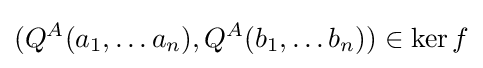
(Q^{A}(a_{1},\ldots a_{n}),Q^{A}(b_{1},\ldots b_{n}))\in \ker {f}